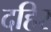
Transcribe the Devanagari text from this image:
दहिर